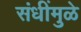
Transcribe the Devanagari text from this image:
संधींमुळे